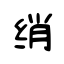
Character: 绡